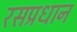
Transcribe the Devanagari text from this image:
रसप्रधान